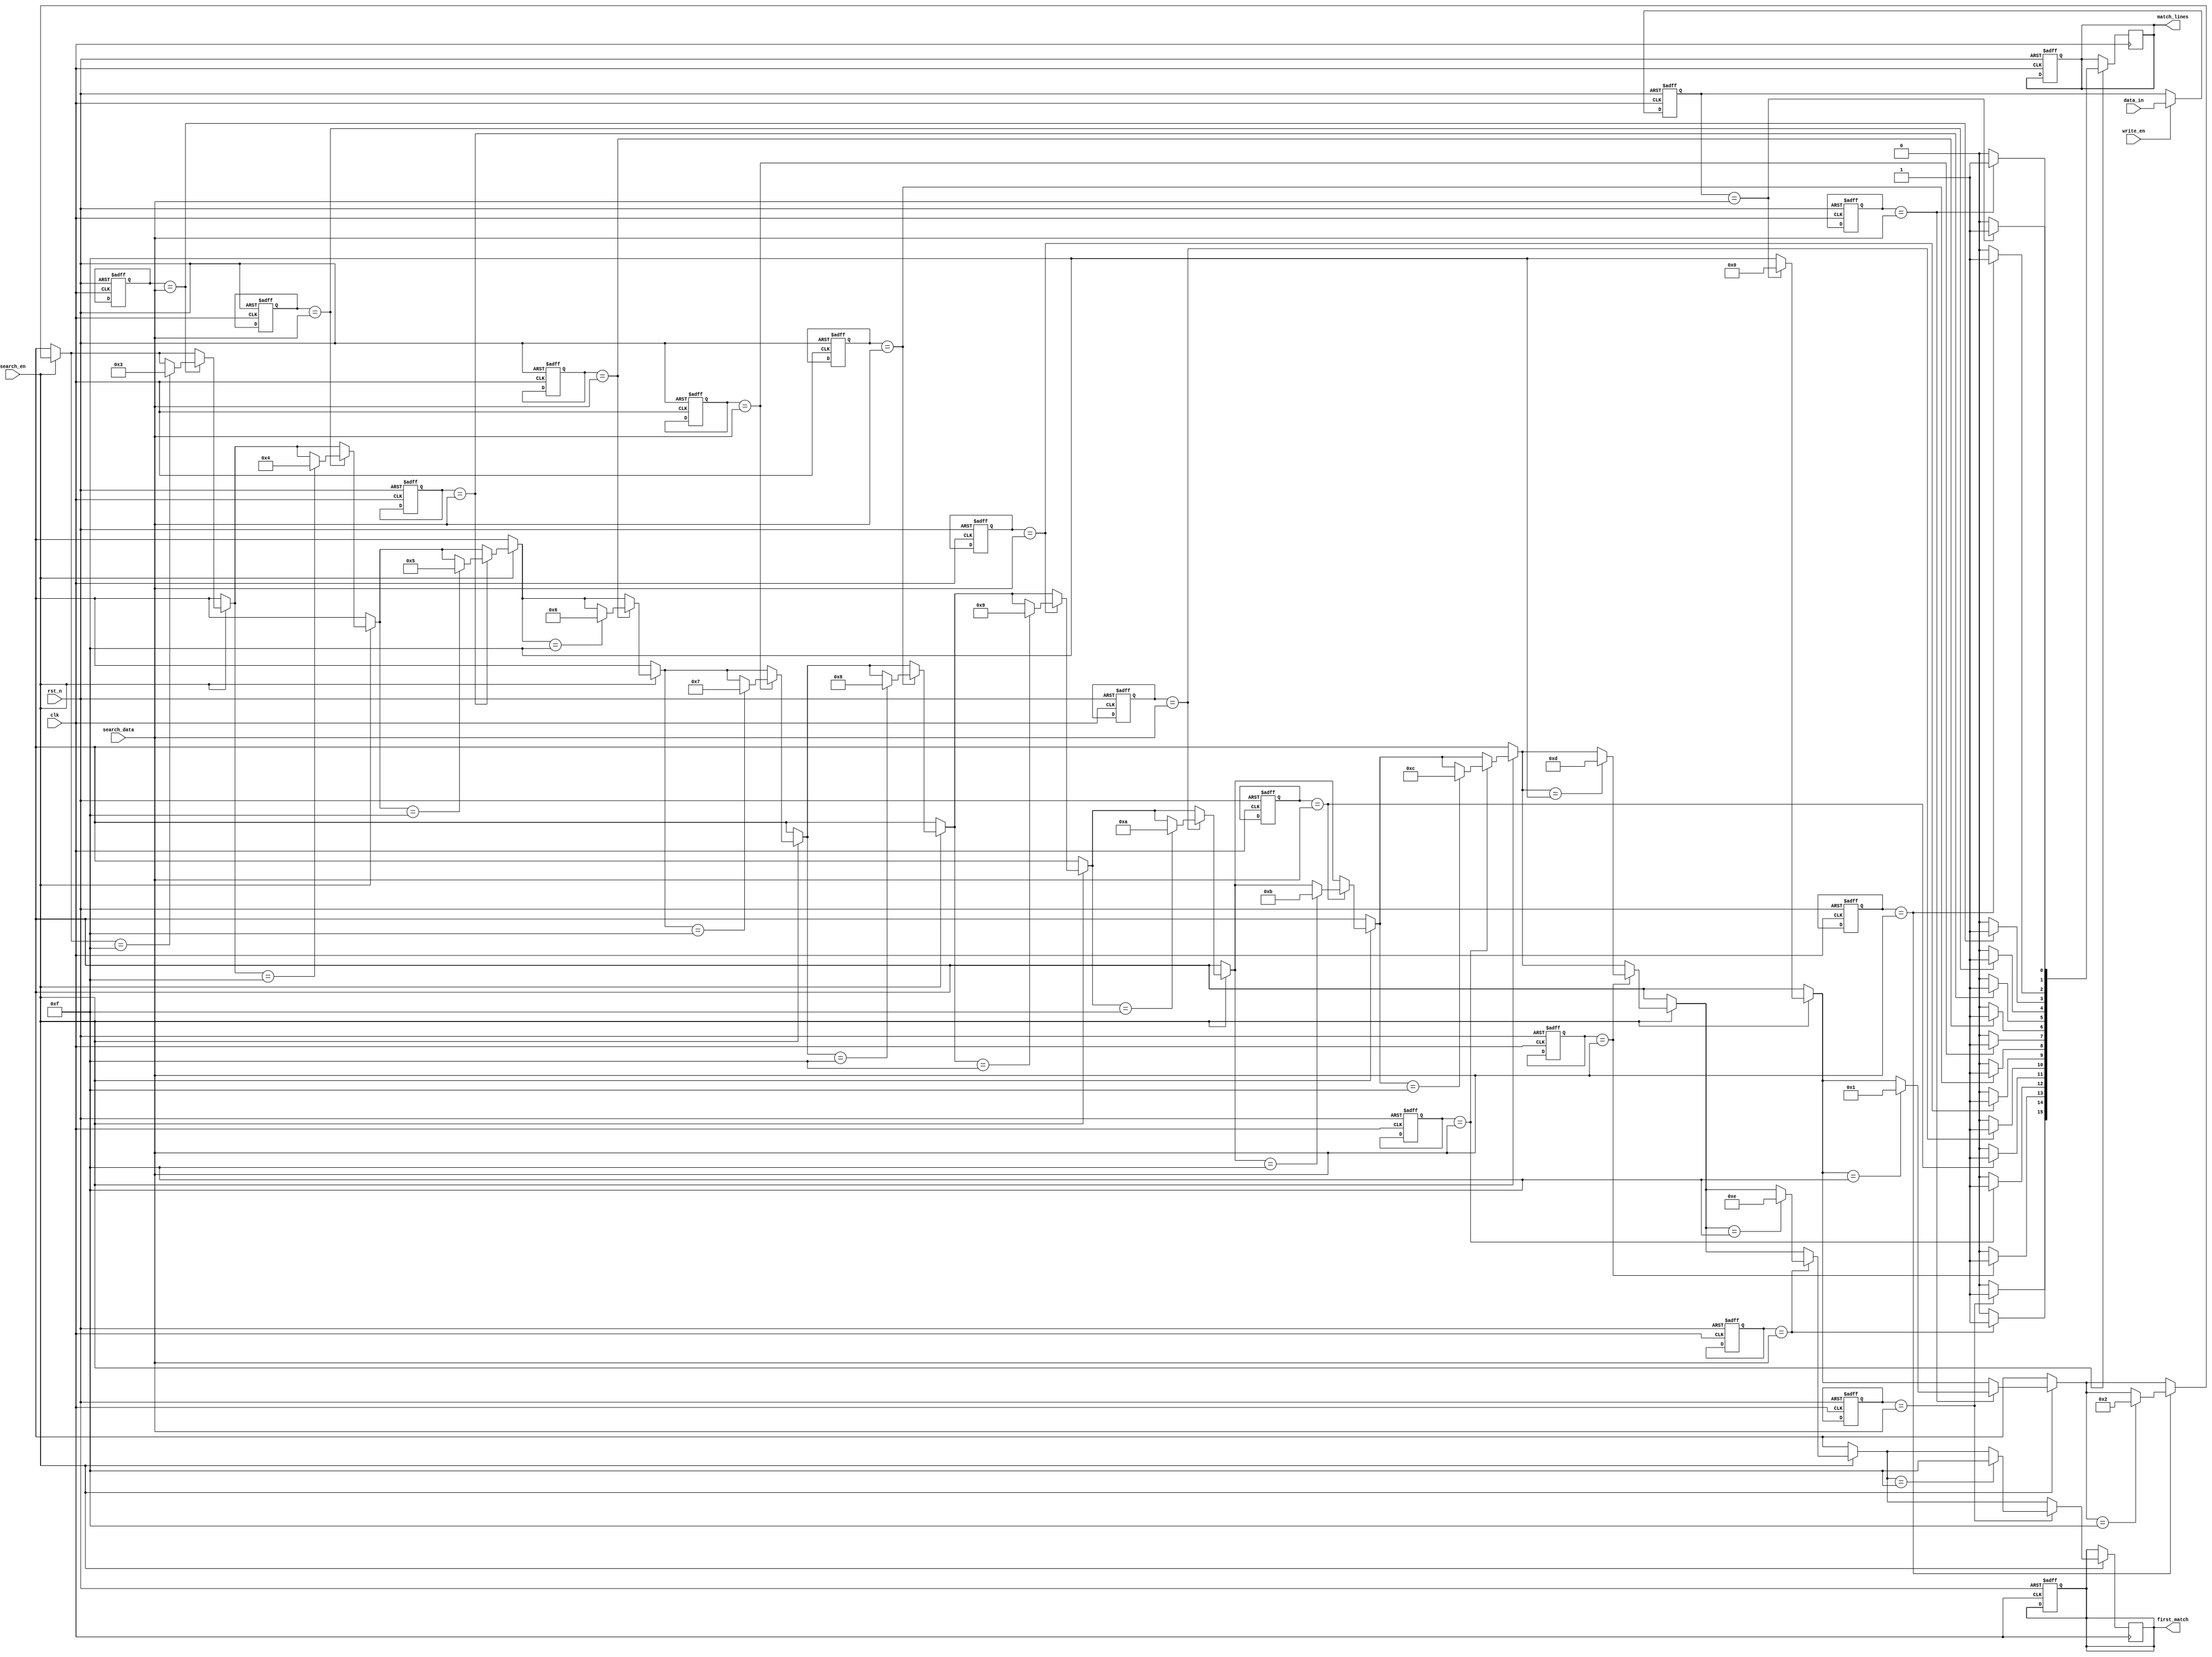
module CAM #(
    parameter DATA_WIDTH = 8,     // Width of each entry
    parameter NUM_ENTRIES = 16     // Number of entries in the CAM
)(
    input wire clk,                // Clock signal
    input wire rst_n,              // Active low reset
    input wire [DATA_WIDTH-1:0] data_in, // Data input for writing
    input wire write_en,           // Write enable signal
    input wire [DATA_WIDTH-1:0] search_data, // Data to search for
    input wire search_en,          // Search enable signal
    output reg [NUM_ENTRIES-1:0] match_lines, // Match lines output
    output reg [3:0] first_match   // Index of the first match
);

    // Memory array (SRAM cells)
    reg [DATA_WIDTH-1:0] memory [0:NUM_ENTRIES-1];

    // Internal signals
    integer i;
    reg [NUM_ENTRIES-1:0] temp_match_lines;

    // Reset and Write Logic
    always @(posedge clk or negedge rst_n) begin
        if (!rst_n) begin
            // Clear the memory
            for (i = 0; i < NUM_ENTRIES; i = i + 1) begin
                memory[i] <= {DATA_WIDTH{1'b0}};
            end
            match_lines <= {NUM_ENTRIES{1'b0}};
            first_match <= 4'b1111; // No match
        end else if (write_en) begin
            // Write data to memory
            memory[0] <= data_in; // Modify this to support writing to specific addresses
        end
    end

    // Match Logic
    always @(posedge clk) begin
        if (search_en) begin
            temp_match_lines = {NUM_ENTRIES{1'b0}};
            first_match = 4'b1111; // Reset first match index
            for (i = 0; i < NUM_ENTRIES; i = i + 1) begin
                if (memory[i] == search_data) begin
                    temp_match_lines[i] = 1'b1; // Set match line for this entry
                    if (first_match == 4'b1111) begin
                        first_match = i; // Store the index of the first match
                    end
                end
            end
            match_lines <= temp_match_lines; // Update match lines
        end
    end

endmodule